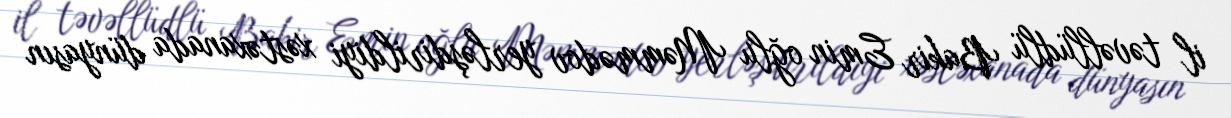
il təvəllüdlü Bakir Emin oğlu Məmmədov yerləşdirildiyi xəstəxanada dünyasın